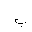
Letter: _ba